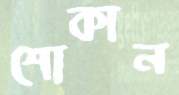
শোকান